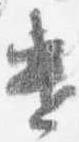
遣